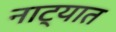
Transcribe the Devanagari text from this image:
नाट्यात